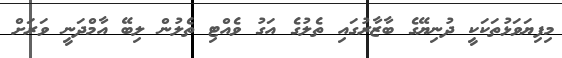
މިފިޔަވަޅުތަކަކީ ދުނިޔޭގެ ބާޒާރުގައި ތެލުގެ އަގު ވެއްޓި ތެލުން ލިބޭ އާމްދަނީ ވަރަށް